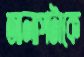
আলাপটাকে